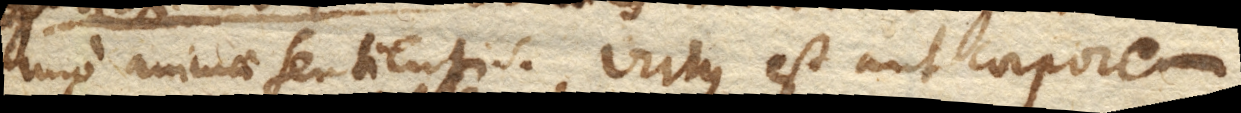
imo animae sentientis. Virtus est aut corporeum